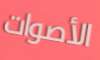
الأصوات